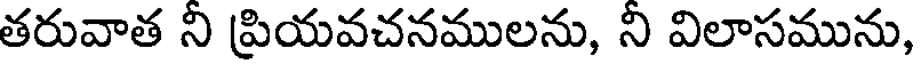
తరువాత ని ప్రియవచనములను, ని విలాసమును,